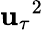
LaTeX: {\mathbf{u}_{\tau}}^{2}